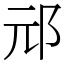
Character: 邧